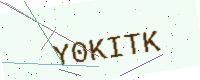
Text: Y0KITK